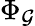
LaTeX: \Phi_{\mathcal{G}}